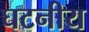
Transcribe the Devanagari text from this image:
घटनीय